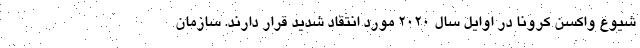
شیوع واکسن کرونا در اوایل سال ۲۰۲۰ مورد انتقاد شدید قرار دارند. سازمان